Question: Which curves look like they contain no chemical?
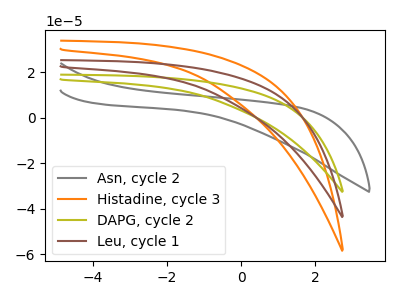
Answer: <think>The gray curve "Asn, cycle 2" has no peaks. The orange curve "Histadine, cycle 3" has no peaks. The olive curve "DAPG, cycle 2" has no peaks. The brown curve "Leu, cycle 1" has no peaks.</think>
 <answer>"Asn, cycle 2", "Histadine, cycle 3", "DAPG, cycle 2" and "Leu, cycle 1" are likely to be blanks.</answer>
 <eval>"Asn, cycle 2", "Histadine, cycle 3", "DAPG, cycle 2", "Leu, cycle 1"</eval>